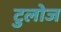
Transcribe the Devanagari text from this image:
टुलोज